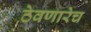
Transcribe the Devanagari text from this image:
ठेवणारेच